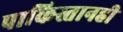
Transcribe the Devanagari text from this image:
पाकिस्तानही